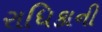
રાધિકાની